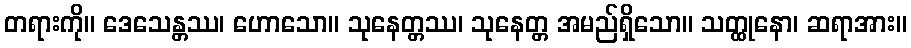
တရားကို။ ဒေသေန္တဿ၊ ဟောသော။ သုနေတ္တဿ၊ သုနေတ္တ အမည်ရှိသော။ သတ္ထုနော၊ ဆရာအား။